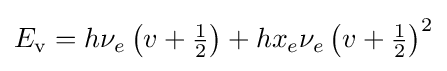
E_{\mathrm {v} }=h\nu _{e}\left(v+{\tfrac {1}{2}}\right)+hx_{e}\nu _{e}\left(v+{\tfrac {1}{2}}\right)^{2}